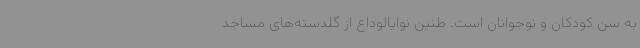
به سن کودکان و نوجوانان است. طنین نوایالوداع از گلدسته‌های مساجد